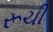
રૂચી